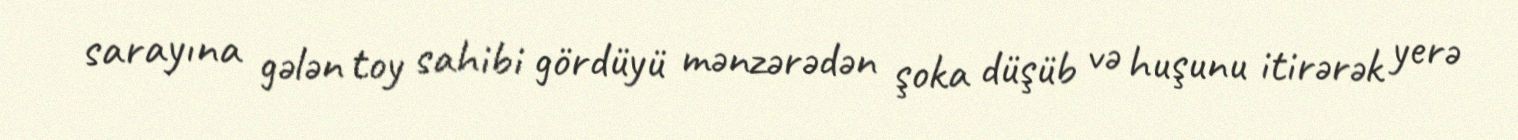
sarayına gələn toy sahibi gördüyü mənzərədən şoka düşüb və huşunu itirərək yerə